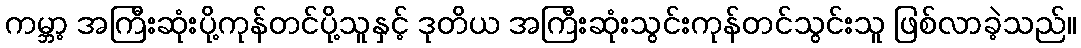
ကမ္ဘာ့ အကြီးဆုံးပို့ကုန်တင်ပို့သူနှင့် ဒုတိယ အကြီးဆုံးသွင်းကုန်တင်သွင်းသူ ဖြစ်လာခဲ့သည်။